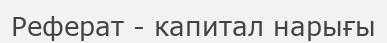
Реферат - капитал нарығы